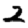
Digit: 2